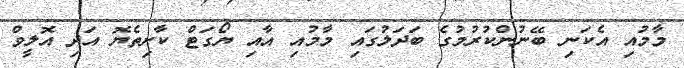
މާމުއި އެކަނި ބޭނުންކުރުމުގެ ބަދަލުގައި މާމުއި އާއި ޔޯގަޓް ކާށިތެޔޮ އަދި އޮލީވް